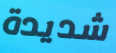
شديدة